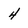
Character: 4